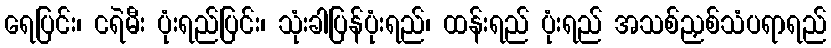
ရေပြင်း၊ ငရဲမီး ပုံးရည်ပြင်း၊ သုံးခါပြန်ပုံးရည်၊ ထန်းရည် ပုံးရည် အသစ်ညှစ်သံပရာရည်